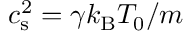
c _ { \mathrm { s } } ^ { 2 } = { \gamma k _ { \mathrm { B } } T _ { 0 } / m }